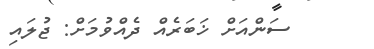
ސަންއަށް ޚަބަރެއް ދެއްވުމަށް: ޖުލައި